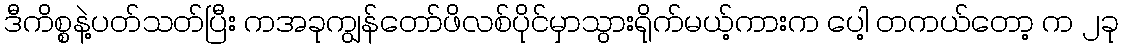
ဒီကိစ္စနဲ့ပတ်သတ်ပြီး ကအခုကျွန်တော်ဖိလစ်ပိုင်မှာသွားရိုက်မယ့်ကားက ပေါ့ တကယ်တော့ က ၂ခု